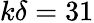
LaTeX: k\delta=31